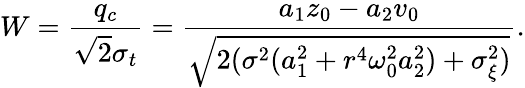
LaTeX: W=\frac{q_{c}}{\sqrt{2}\sigma_{t}}=\frac{a_{1}z_{0}-a_{2}v_{0}}{\sqrt{2(\sigma^{2}(a_{1}^{2}+r^{4}{\omega_{0}^{2}}a_{2}^{2})+\sigma_{\xi}^{2})}}.